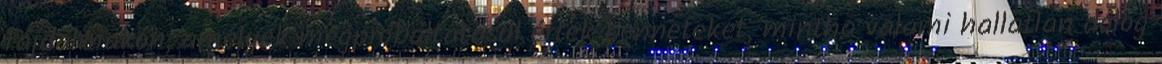
fájdalmakon, amelyek megpróbáltatásul értek benneteket, mintha valami hallatlan dolog